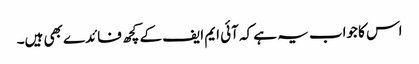
اس کا جواب یہ ہے کہ آئی ایم ایف کے کچھ فائدے بھی ہیں۔